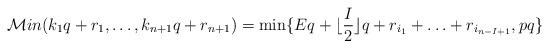
\begin{align*}{\mathcal Min}(k_1q+r_1, \ldots, k_{n+1}q+r_{n+1})=\mathrm{min}\{Eq + \lfloor \frac{I}{2} \rfloor q+ r_{i_1} + \ldots + r_{i_{n-I+1}} , pq\}\end{align*}